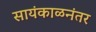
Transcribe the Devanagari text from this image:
सायंकाळनंतर